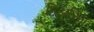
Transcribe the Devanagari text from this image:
हिअरिंग